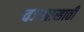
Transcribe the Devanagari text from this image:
वजनासाठी